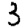
Digit: 3